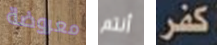
معروضة أنتم كفر